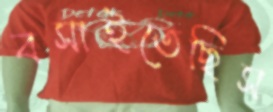
বসাইতেছিস